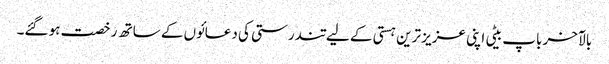
بالآخر باپ بیٹی اپنی عزیز ترین ہستی کے لیے تندرستی کی دعائوں کے ساتھ رخصت ہو گئے۔